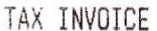
TAX INVOICE